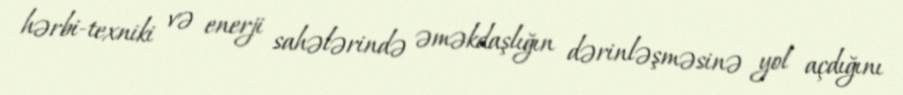
hərbi-texniki və enerji sahələrində əməkdaşlığın dərinləşməsinə yol açdığını